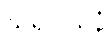
သိရိဝှါယနံ